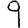
Digit: 9